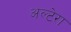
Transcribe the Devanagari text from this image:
अल्टेरा